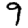
Digit: 9